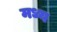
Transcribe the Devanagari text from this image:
मध्य